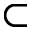
\subset